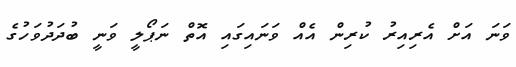
ވަނަ އަށް އެރިއިރު ކުރިން އެއް ވަނައިގައި އޮތް ނަޕޯލީ ވަނީ ބުދަދުވަހުގެ